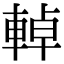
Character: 𨌬